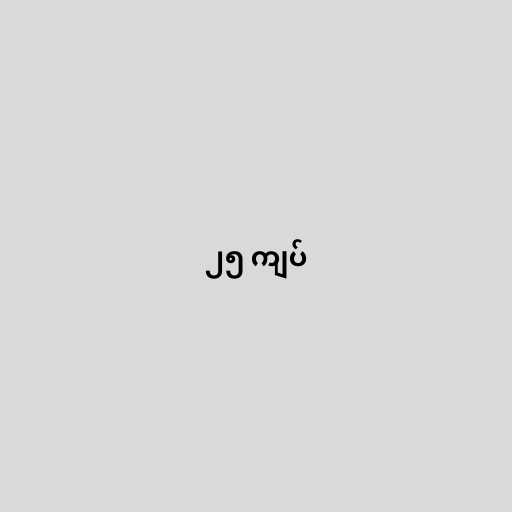
၂၅ ကျပ်